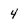
Character: 4